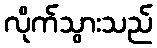
လိုက်သွားသည်